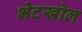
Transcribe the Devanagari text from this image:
भेटखोल